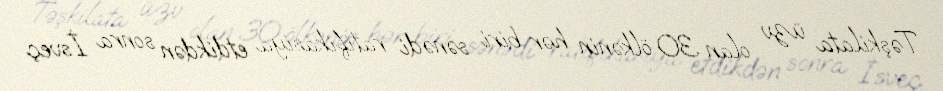
Təşkilata üzv olan 30 ölkənin hər biri sənədi ratifikasiya etdikdən sonra İsveç